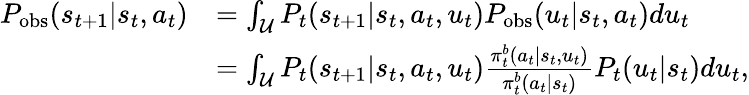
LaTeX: \begin{array}{rl}{P_{\mathrm{obs}}(s_{t+1}|s_{t},a_{t})}&{=\int_{\mathcal{U}}P_{t}(s_{t+1}|s_{t},a_{t},u_{t})P_{\mathrm{obs}}(u_{t}|s_{t},a_{t})du_{t}}\\ &{=\int_{\mathcal{U}}P_{t}(s_{t+1}|s_{t},a_{t},u_{t})\frac{\pi_{t}^{b}(a_{t}|s_{t},u_{t})}{\pi_{t}^{b}(a_{t}|s_{t})}P_{t}(u_{t}|s_{t})du_{t},}\end{array}